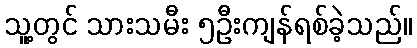
သူ့တွင် သားသမီး ၅ဦးကျန်ရစ်ခဲ့သည်။